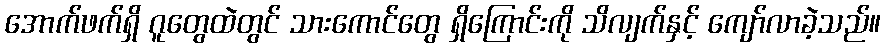
အောက်ဖက်ရှိ ဂူတွေထဲတွင် သားကောင်တွေ ရှိကြောင်းကို သိလျက်နှင့် ကျော်လာခဲ့သည်။